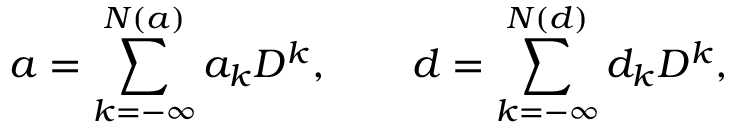
a = \sum _ { k = - \infty } ^ { N ( a ) } a _ { k } D ^ { k } , \qquad d = \sum _ { k = - \infty } ^ { N ( d ) } d _ { k } D ^ { k } ,